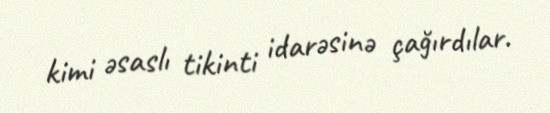
kimi əsaslı tikinti idarəsinə çağırdılar.